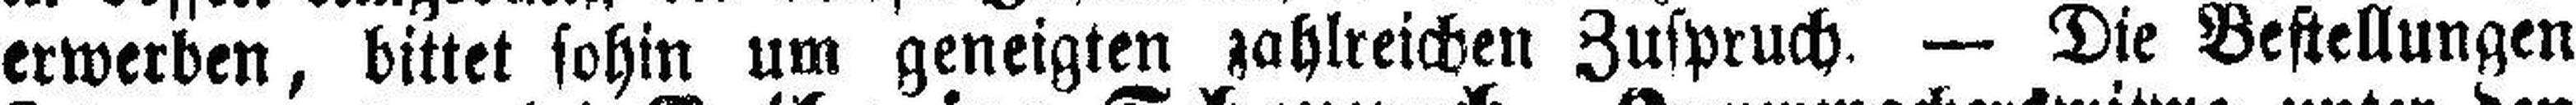
erwerben, bittet sohin um geneigten zahlreichen Zuspruch. — Die Bestellungen